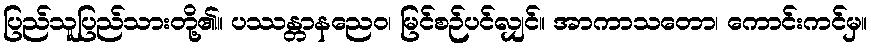
ပြည်သူပြည်သားတို့၏။ ပဿန္တာနညေဝ၊ မြင်စဉ်ပင်လျှင်။ အာကာသတော၊ ကောင်းကင်မှ။